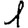
Digit: 1